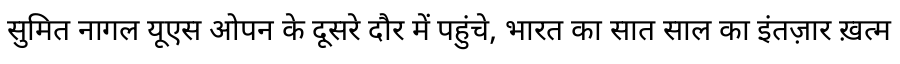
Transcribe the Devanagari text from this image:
सुमित नागल यूएस ओपन के दूसरे दौर में पहुंचे, भारत का सात साल का इंतज़ार ख़त्म